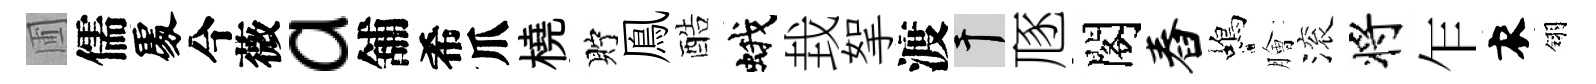
圃儒𠁅今薇a舖希爪橈貯鳯酷蛾㘽挐渡干豗閣舂蝎膾滚将乍衣翎